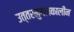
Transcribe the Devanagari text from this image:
उत्‍तरमुगलकालीन